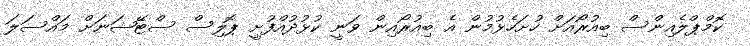
ކޮމްޕްލެއިންސް ބިއުރޯއަށް ހުށަހެޅުމުން އެ ބިއުރޯއިން ވަނީ ކުޅުދުއްފުށީ ޕޮލިސް ސްޓޭޝަނަށް މައްސަލަ